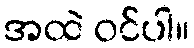
အထဲ ဝင်ပါ။